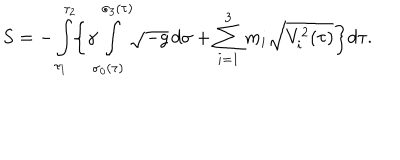
S = - \int _ { \tau _ { 1 } } ^ { \tau _ { 2 } } \! \biggl \{ \gamma \! \int _ { \sigma _ { 0 } ( \tau ) } ^ { \sigma _ { 3 } ( \tau ) } \! \! \sqrt { - g } \, d \sigma + \sum _ { i = 1 } ^ { 3 } m _ { i } \sqrt { V _ { i } ^ { 2 } ( \tau ) } \biggr \} d \tau .